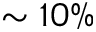
\sim 1 0 \%